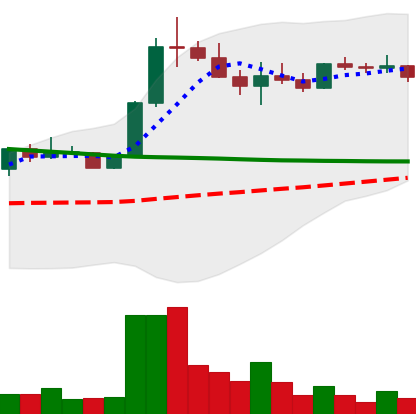
Ticker: ETC-USD
Chart end date: 2022-08-09
Forward return: 14.18%
Label: up_7plus